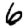
Digit: 6